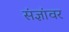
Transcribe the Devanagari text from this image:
संज्ञांवर